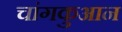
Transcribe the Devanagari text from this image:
चांगकुआन